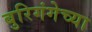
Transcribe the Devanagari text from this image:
बुरिगंगेच्या